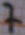
Text: 7